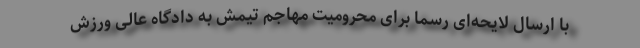
با ارسال لایحه‌ای رسما برای محرومیت مهاجم تیمش به دادگاه عالی ورزش